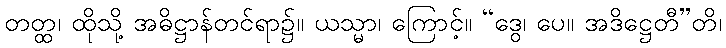
တတ္ထ၊ ထိုသို့ အဓိဋ္ဌာန်တင်ရာ၌။ ယသ္မာ၊ ကြောင့်။ “ဒွေ၊ ပေ။ အဒိဋ္ဌေတီ”တိ၊